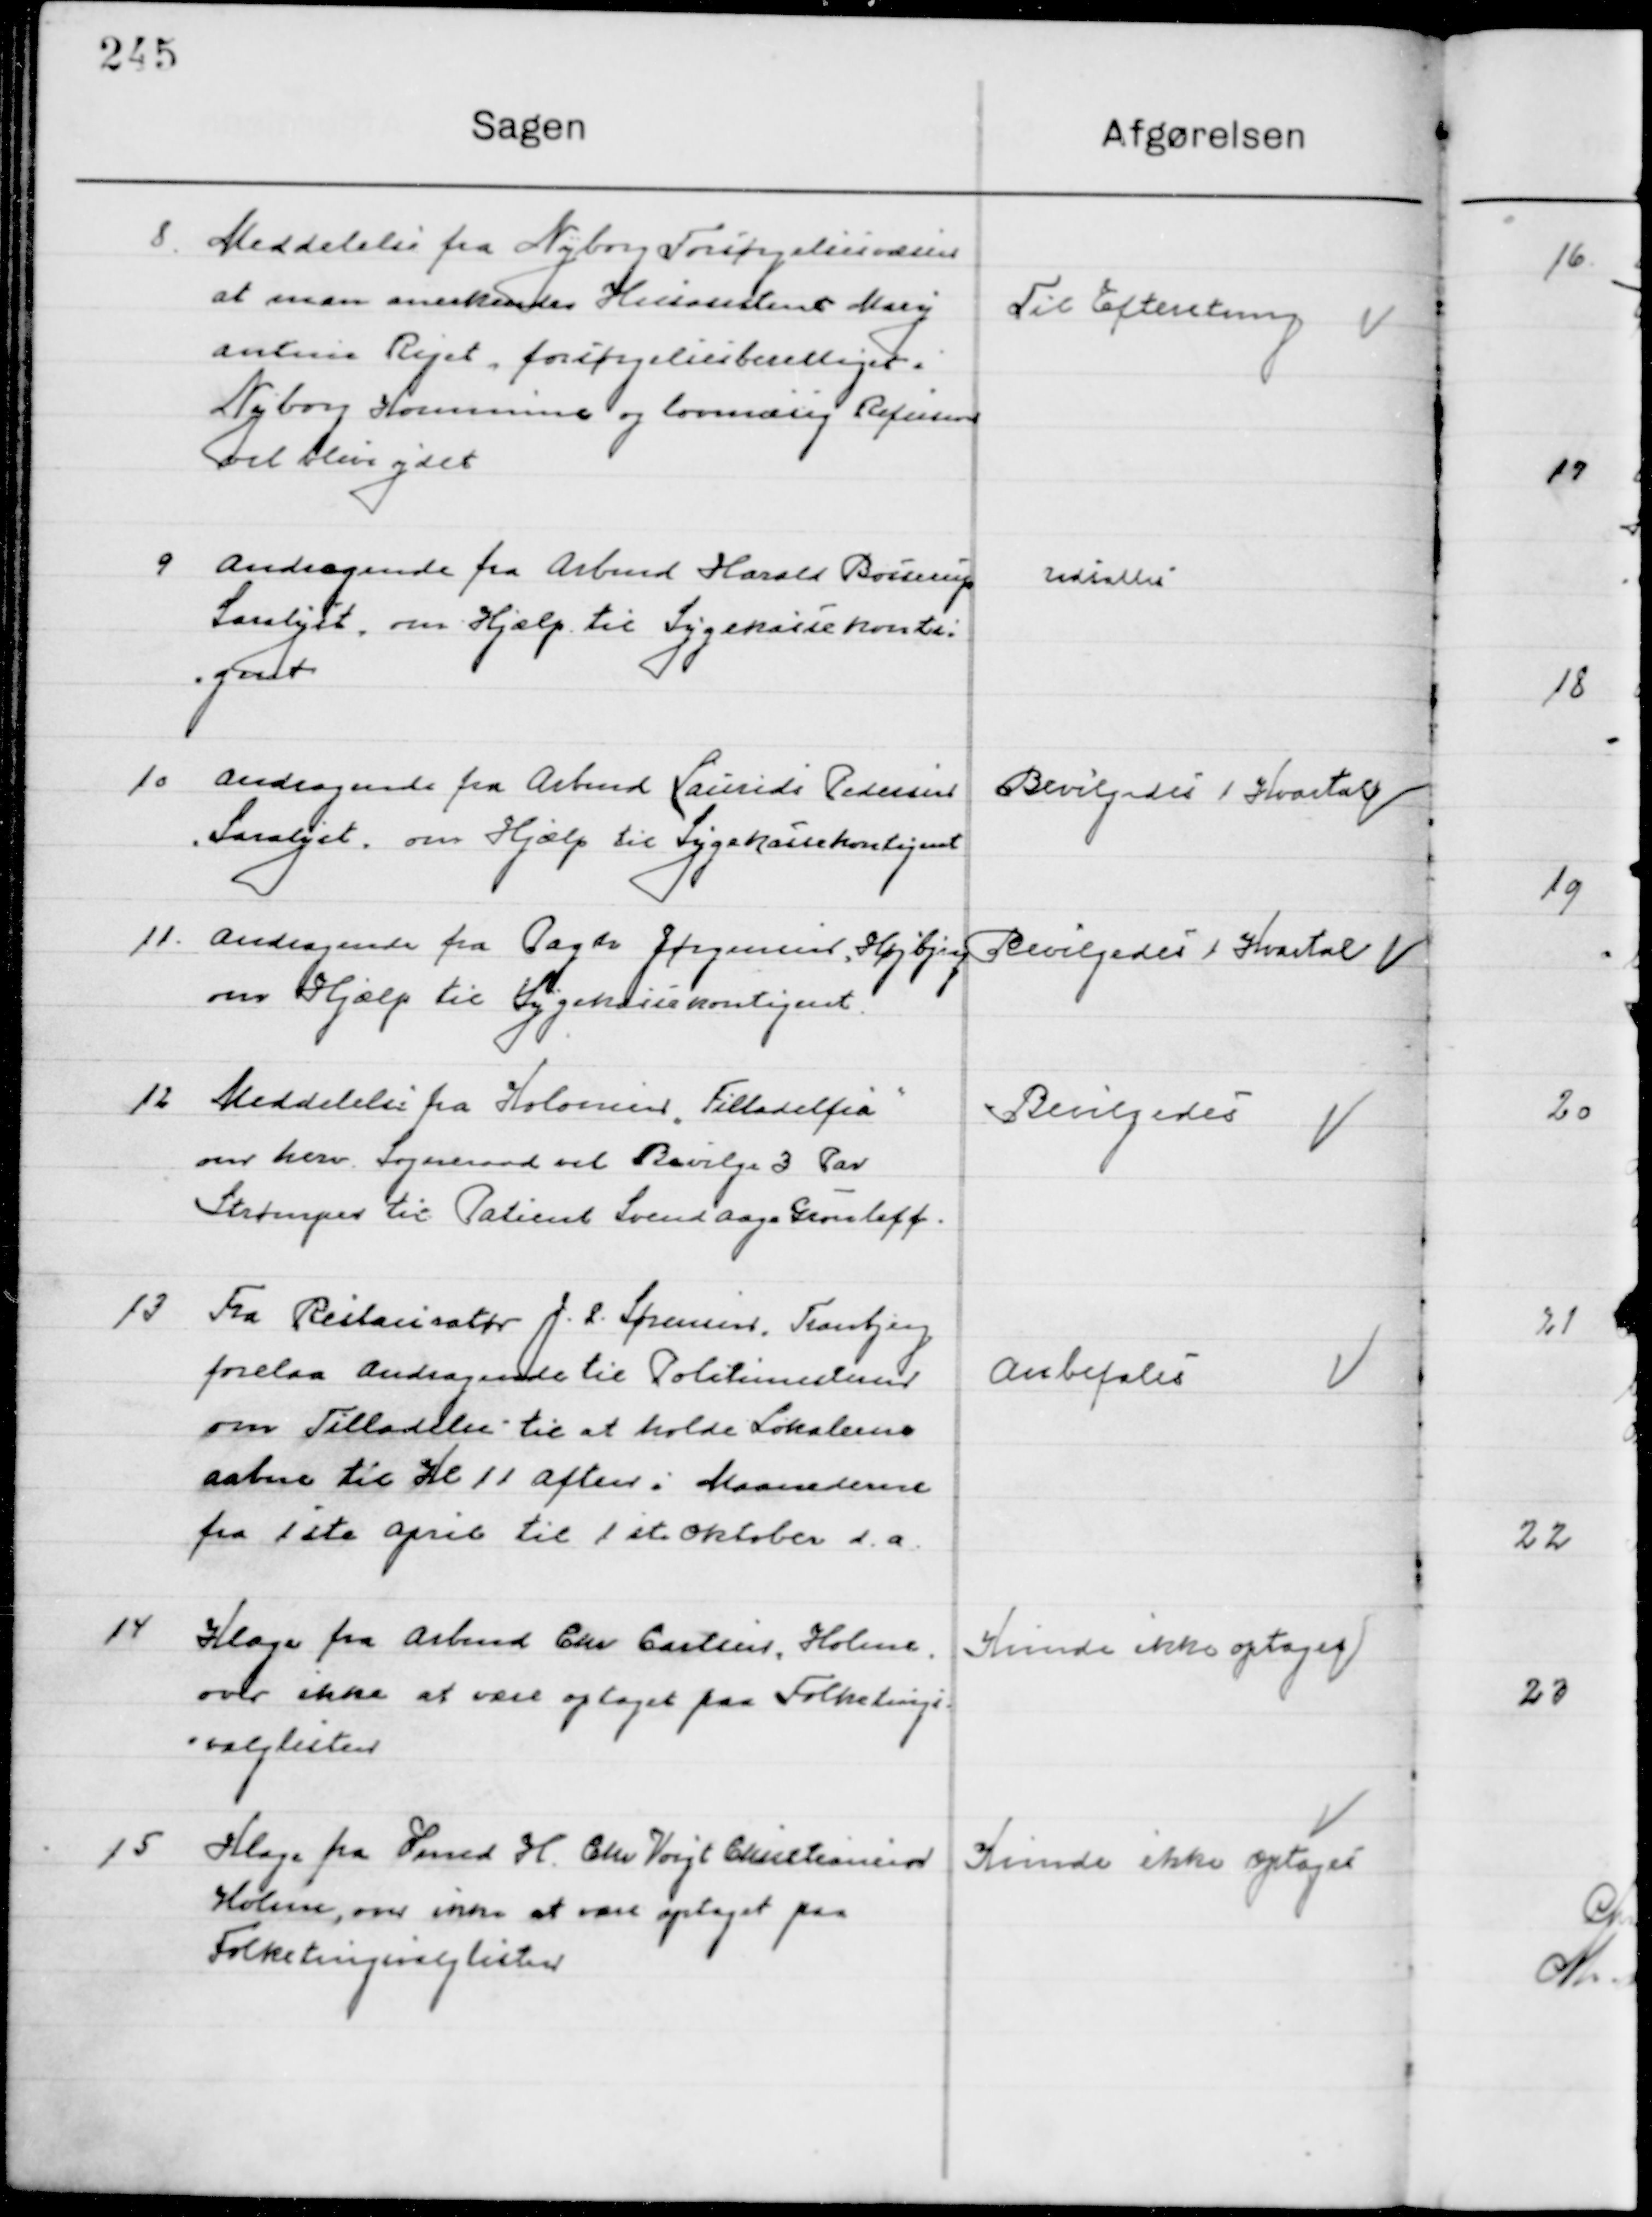
Transskription:
8

Meddelelse fra Nyborg Forsørgelsesvæsen
at man anerkender Husassistent Mary
Antine Riget, forsørgelsesberettiget i
Nyborg Kommune og lovmæssig Refusion
Vil blive ydet.

Til Efterretning

9

Andragende fra Arbmd. Harald Boserup
Saralyst, om Hjælp til Sygekassekontin- 
gent

Udsættes

10

Andragende fra Arbmd. Laurids Pedersen 
Saralyst, om Hjælp til Sygekassekontingent

Bevilgedes 1 Kvartal

11

Andragende fra Pagter Jørgensen, Højbjerg
om Hjælp til Sygekassekontingent

Bevilgedes 1 Kvartal

12

Meddelelse fra Kolonierne Tilladelse fra
om herv. Sogneraad vil Bevilge 3 Par 
Strømper til Patient Svend Aage Grouleff.

Bevilgedes

13

Fra Restauratør J. P. Sørensen Tranbjerg
Forelaa Andragende til Politimesteren
om Tilladelse til at holde Lokalerne
aabne til Kl. 11 aften i Maanederne
fra 1ste april til 1ste Oktober d. A.

Anbefales

14

Klage fra Arbmd. Carsten, Holme
over ikke at være optaget paa Folketings-
valglisten

Kunde ikke optages

15

Klage fra Smed H. Chr. Voigt Christiansen
Holme, over ikke at være optaget paa 
Folketingsvalglisten

Kunde ikke optages